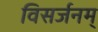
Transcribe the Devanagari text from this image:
विसर्जनम्